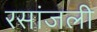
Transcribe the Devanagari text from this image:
रसांजली